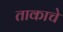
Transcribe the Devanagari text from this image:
ताकाचे